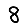
Digit: 8